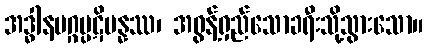
အဒ္ဓါနမဂ္ဂပ္ပဋိပန္နဿ၊ အဓွန့်ရှည်သောခရီးသို့သွားသော။